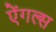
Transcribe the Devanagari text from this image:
ऐंगल्स